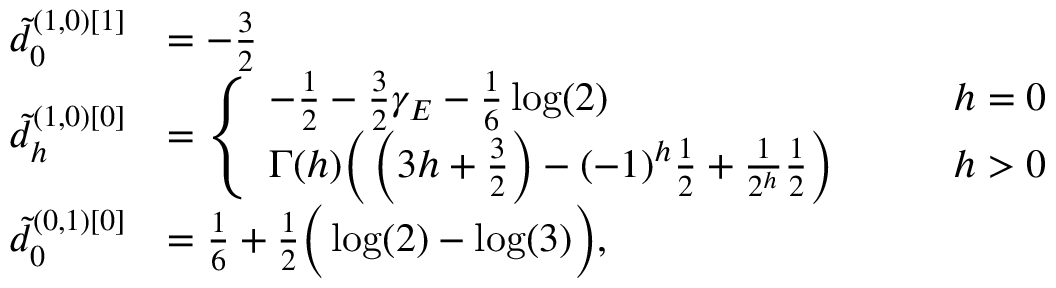
\begin{array} { r l } { \tilde { d } _ { 0 } ^ { ( 1 , 0 ) [ 1 ] } } & { = - \frac { 3 } { 2 } } \\ { \tilde { d } _ { h } ^ { ( 1 , 0 ) [ 0 ] } } & { = \left\{ \begin{array} { l l } { - \frac 1 2 - \frac { 3 } { 2 } \gamma _ { E } - \frac { 1 } { 6 } \log ( 2 ) } & { \qquad h = 0 } \\ { \Gamma ( h ) \Big ( \left( 3 h + \frac { 3 } { 2 } \right) - ( - 1 ) ^ { h } \frac 1 2 + \frac { 1 } { 2 ^ { h } } \frac 1 2 \Big ) } & { \qquad h > 0 } \end{array} \right. } \\ { \tilde { d } _ { 0 } ^ { ( 0 , 1 ) [ 0 ] } } & { = \frac 1 6 + \frac 1 2 \Big ( \log ( 2 ) - \log ( 3 ) \Big ) , } \end{array}